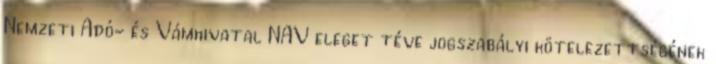
Nemzeti Adó- és Vámhivatal NAV eleget téve jogszabályi kötelezettségének